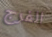
الفرج